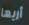
أريها